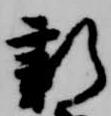
新